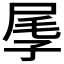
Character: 𡱬